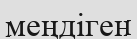
меңдіген